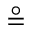
\circeq